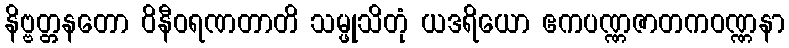
နိဗ္ဗတ္တနတော ဝိနီဝရဏတာတိ သမ္ဖုသိတုံ ယဒရိယော ဧကပဏ္ဏဇာတကဝဏ္ဏနာ